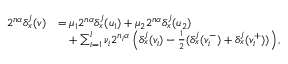
\begin{array} { r l } { 2 ^ { n \alpha } \delta _ { x } ^ { j } ( v ) } & { = \mu _ { 1 } 2 ^ { n \alpha } \delta _ { x } ^ { j } ( u _ { 1 } ) + \mu _ { 2 } 2 ^ { n \alpha } \delta _ { x } ^ { j } ( u _ { 2 } ) } \\ & { \phantom { = } + \sum _ { i = 1 } ^ { l } \nu _ { i } 2 ^ { n _ { i } \alpha } \left( \delta _ { x } ^ { j } ( v _ { i } ) - \frac 1 2 ( \delta _ { x } ^ { j } ( v _ { i } ^ { - } ) + \delta _ { x } ^ { j } ( v _ { i } ^ { + } ) ) \right) \mathrm { , } } \end{array}